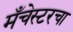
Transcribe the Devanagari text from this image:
मँचेस्टरचा